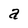
Character: a